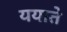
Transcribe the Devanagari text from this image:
ययाते